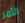
الأمر